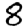
Digit: 8